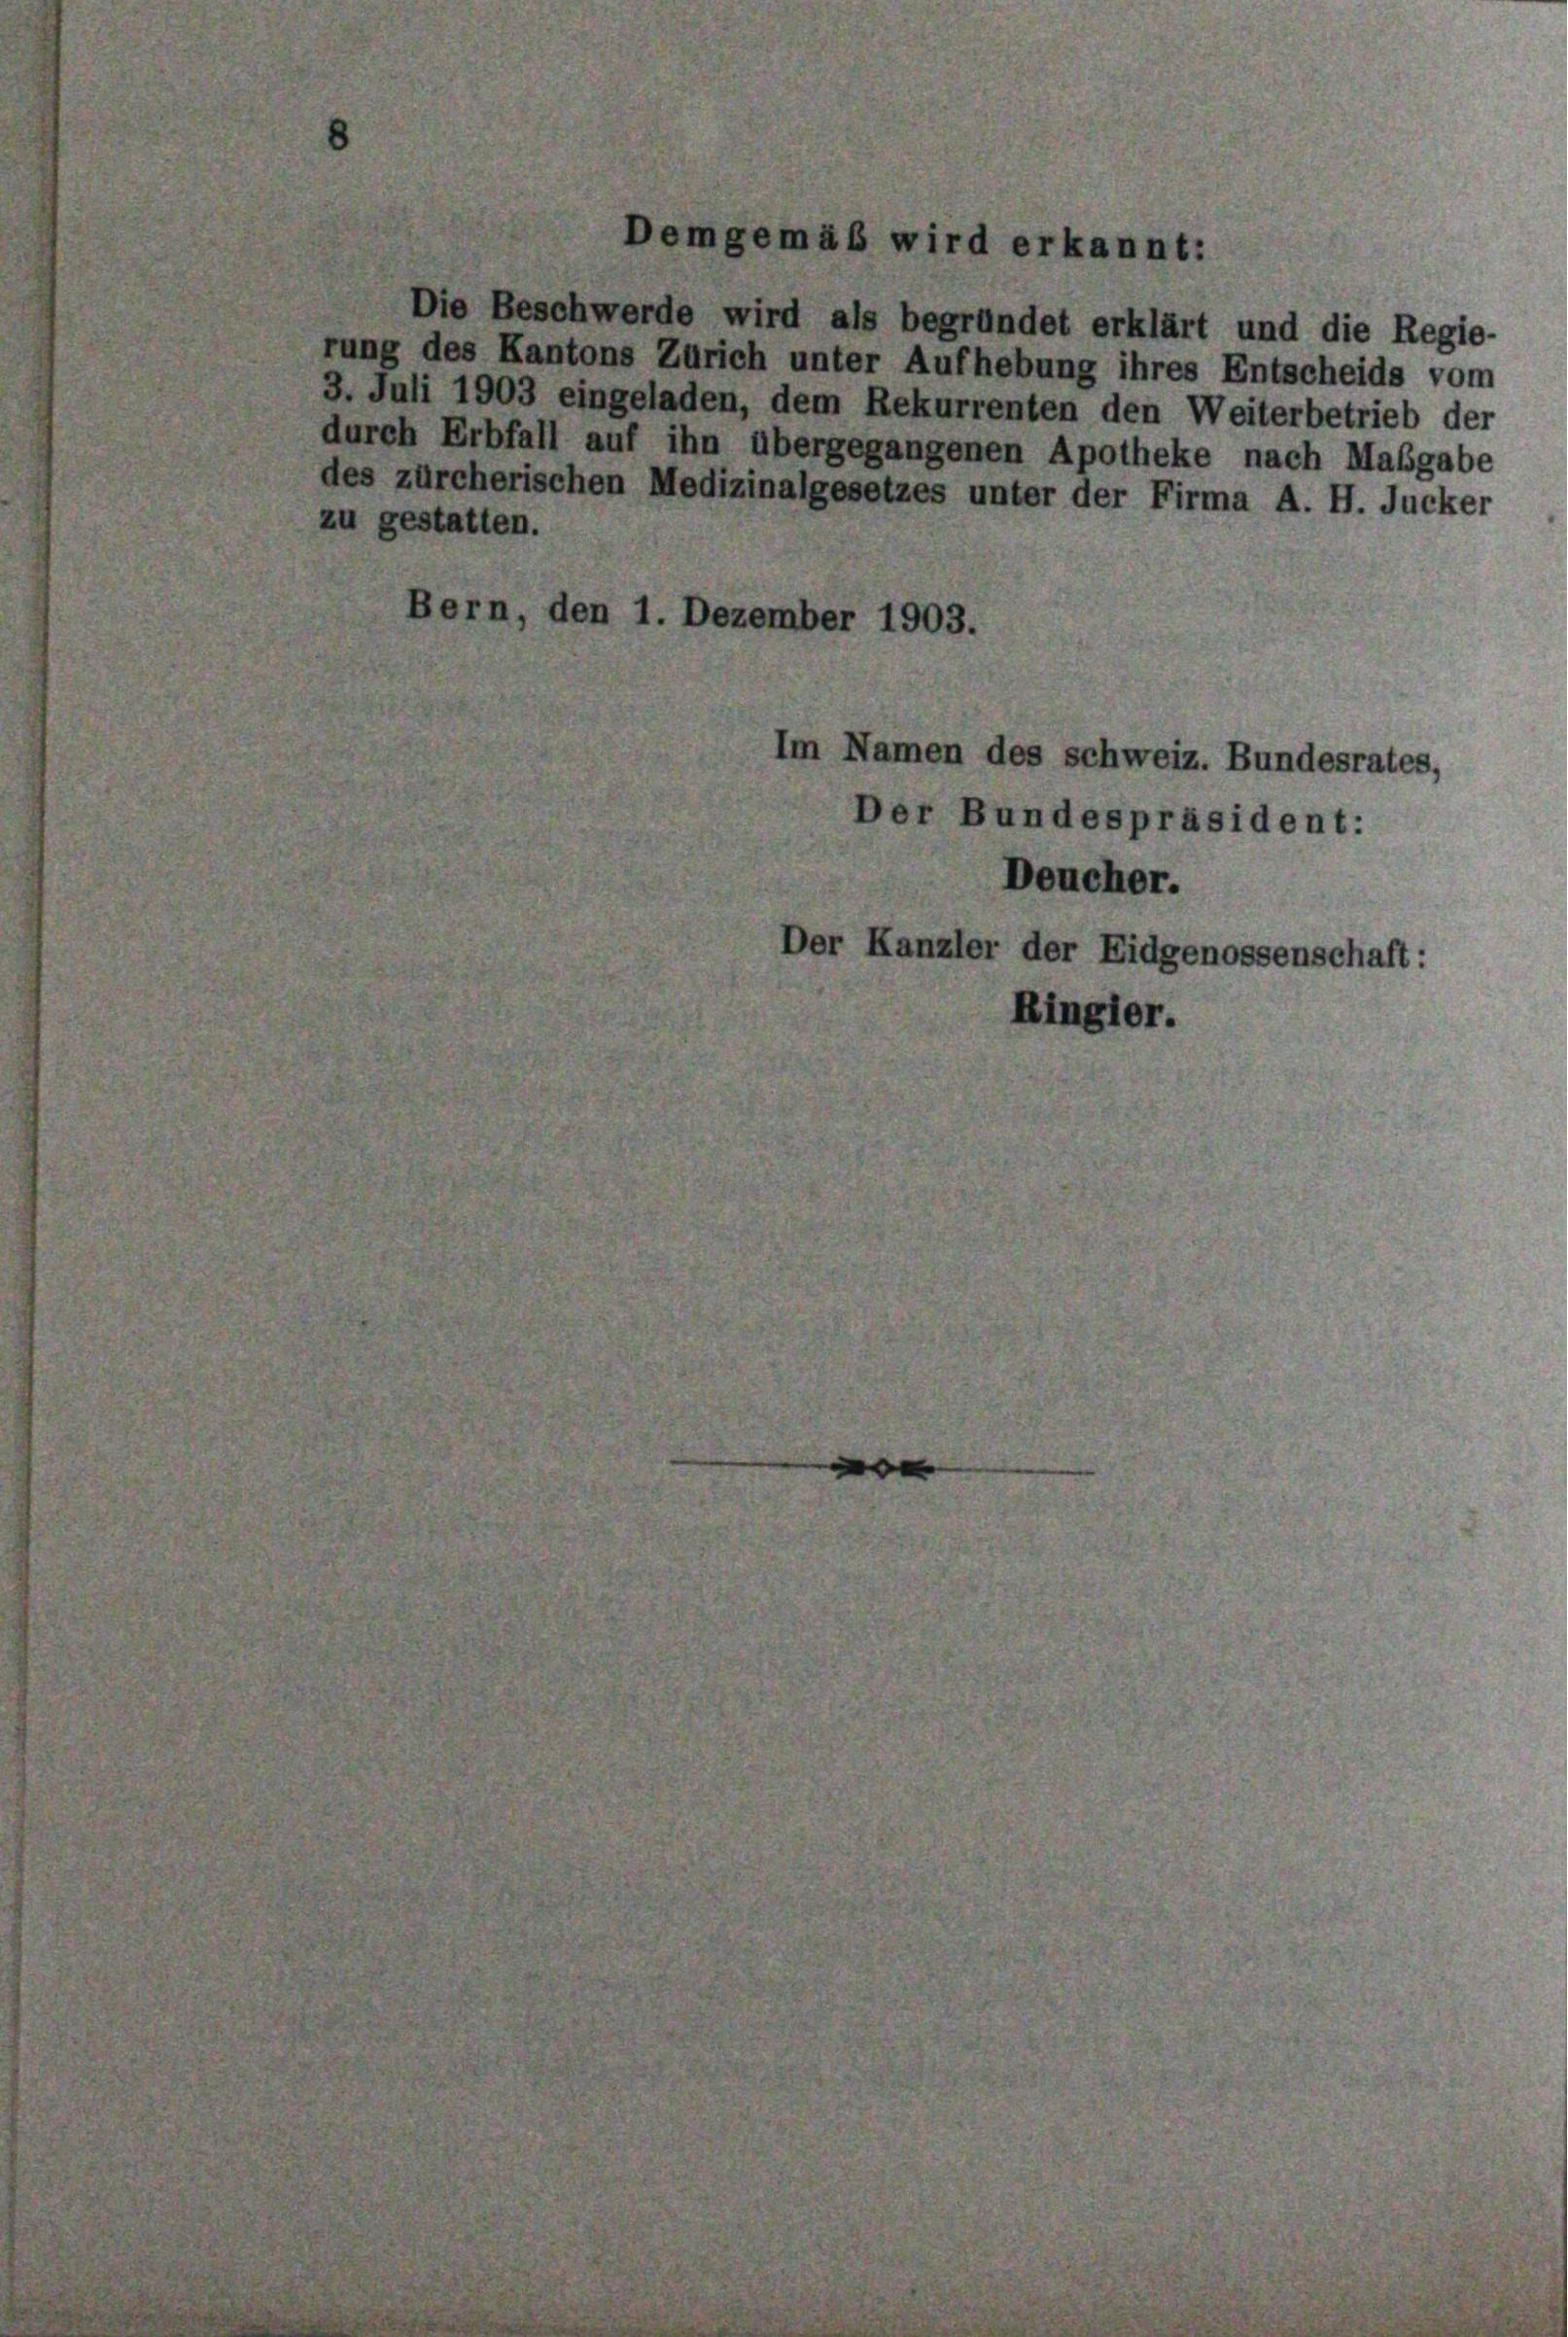
em

Die Beschwerde wird als begründet erklärt und die Regie-
rung des Kantons Zürich unter Aufhebung ihres Entscheids vom
3. Juli 1903 eingeladen, dem Rekurrenten den Weiterbetrieb der
durch Erbfall auf ihn übergegangenen Apotheke nach Maßgabe
des zürcherischen Medizinalgesetzes unter der Firma A. H. Jucker
zu gestatten.
Bern, den 1. Dezember 1903

gemäß wird erkannt:

Der Kanzler der Eidgenossenschaft:
Ringler.

Im Namen des schweiz. Bundesrates,
Der Bundespräsident:
Deucher.